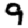
Digit: 9